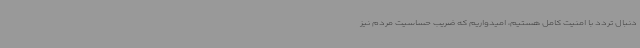
دنبال تردد با امنیت کامل هستیم، امیدواریم که ضریب حساسیت مردم نیز